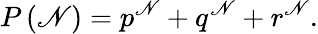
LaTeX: P\left(\mathscr{N}\right)={p^{\mathscr{N}}}+{q^{\mathscr{N}}}+{r^{\mathscr{N}}}.